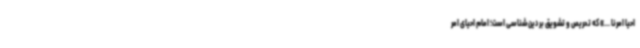
احیا امرنا ...» که تحریص و تشویق بر دین‌شناسی است؛ امام احیای امر